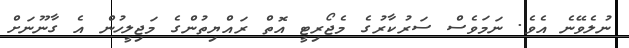
ނުލެވޭނެ އެވެ. ނަމަވެސް ސަރުކާރުގެ މެޖޯރިޓީ އޮތް ރައްޔިތުންގެ މަޖިލީހުން އެ ގާނޫނަށް